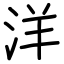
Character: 洋